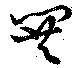
閧